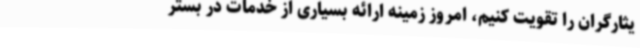
یثارگران را تقویت کنیم، امروز زمینه ارائه بسیاری از خدمات در بستر